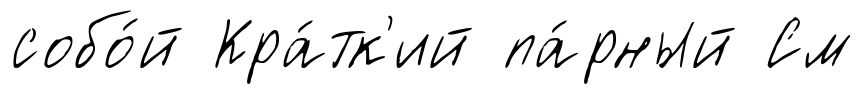
собо́й Кра́тк'ий па́рный См